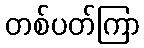
တစ်ပတ်ကြာ